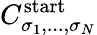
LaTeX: C_{\sigma_{1},...,\sigma_{N}}^{\mathrm{start}}